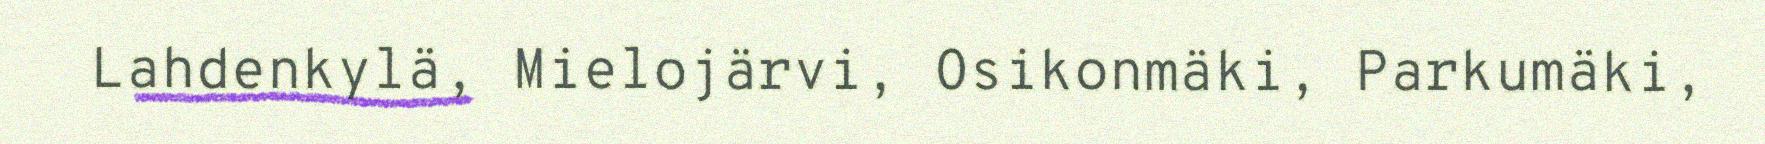
Lahdenkylä, Mielojärvi, Osikonmäki, Parkumäki,